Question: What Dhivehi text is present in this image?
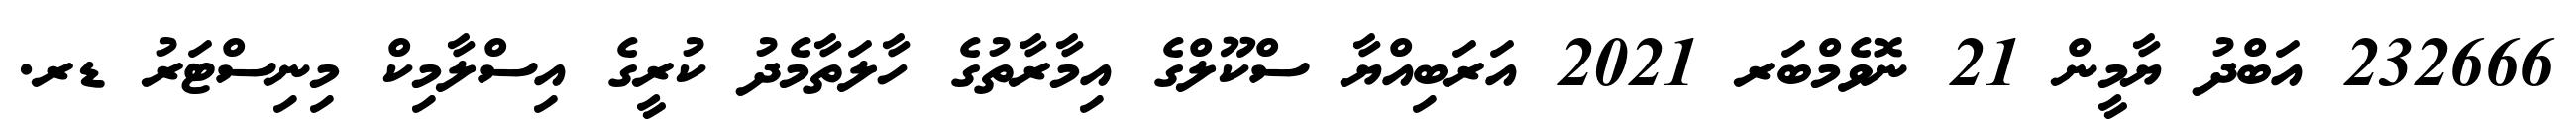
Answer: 232666 އަބްދު ޔާމީން 21 ނޮވެމްބަރ 2021 އަރަބިއްޔާ ސްކޫލްގެ އިމާރާތުގެ ހާލަތާމެދު ކުރީގެ އިސްލާމިކް މިނިސްޓަރު ޑރ.